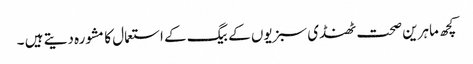
کچھ ماہرین صحت ٹھنڈی سبزیوں کے بیگ کے استعمال کامشورہ دیتے ہیں ۔